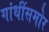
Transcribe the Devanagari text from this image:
गांधींसमोर